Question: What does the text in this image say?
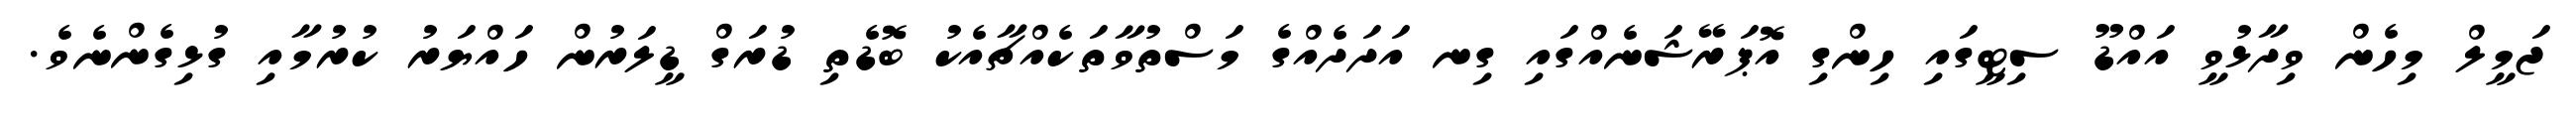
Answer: ޖަމީލް މިހެން ވިދާޅުވީ އައްޑޫ ސިޓީގައި ހިންގި އޮޕަރޭޝަނެއްގައި ގިނ އަދަދެއްގެ މަސްތުވާތަކެއްޗާއެކު ބޮޑެތި ޑުރަގް ޑީލަރުން ހައްޔަރު ކުރުމާއި ގުޅިގެންނެވެ.